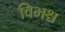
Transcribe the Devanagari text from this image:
विभश्च